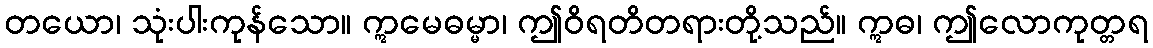
တယော၊ သုံးပါးကုန်သော။ ဣမေဓမ္မာ၊ ဤဝိရတိတရားတို့သည်။ ဣဓ၊ ဤလောကုတ္တရ